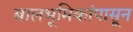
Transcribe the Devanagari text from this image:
बालभूमिकांपासून